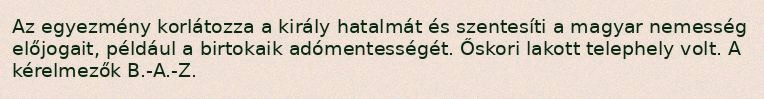
Az egyezmény korlátozza a király hatalmát és szentesíti a magyar nemesség előjogait, például a birtokaik adómentességét. Őskori lakott telephely volt. A kérelmezők B.-A.-Z.